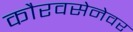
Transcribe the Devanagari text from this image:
कौरवसेनेवर